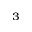
^ 3